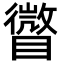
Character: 𥋪